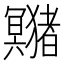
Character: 𤣘